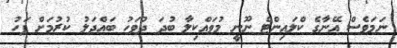
ނަމަވެސް އޭނާގެ ކްލައިންޓް ނޫނީ މުވައްކިލާ ބުދަ ދުވަހު ބައްދަލު ކުރުމަށް ފަހު